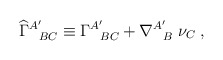
\begin{align*}{\widehat \Gamma}_{\; \; \; BC}^{A'} \equiv \Gamma_{\; \; \; BC}^{A'}+\nabla_{\; \; \; B}^{A'} \; \nu_{C} \; ,\end{align*}